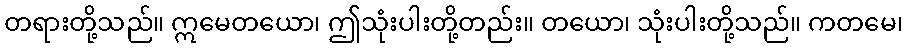
တရားတို့သည်။ ဣမေတယော၊ ဤသုံးပါးတို့တည်း။ တယော၊ သုံးပါးတို့သည်။ ကတမေ၊